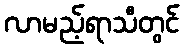
လာမည့်ရာသီတွင်